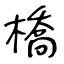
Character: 橋